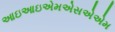
આઇઆઇએમએસએએમ